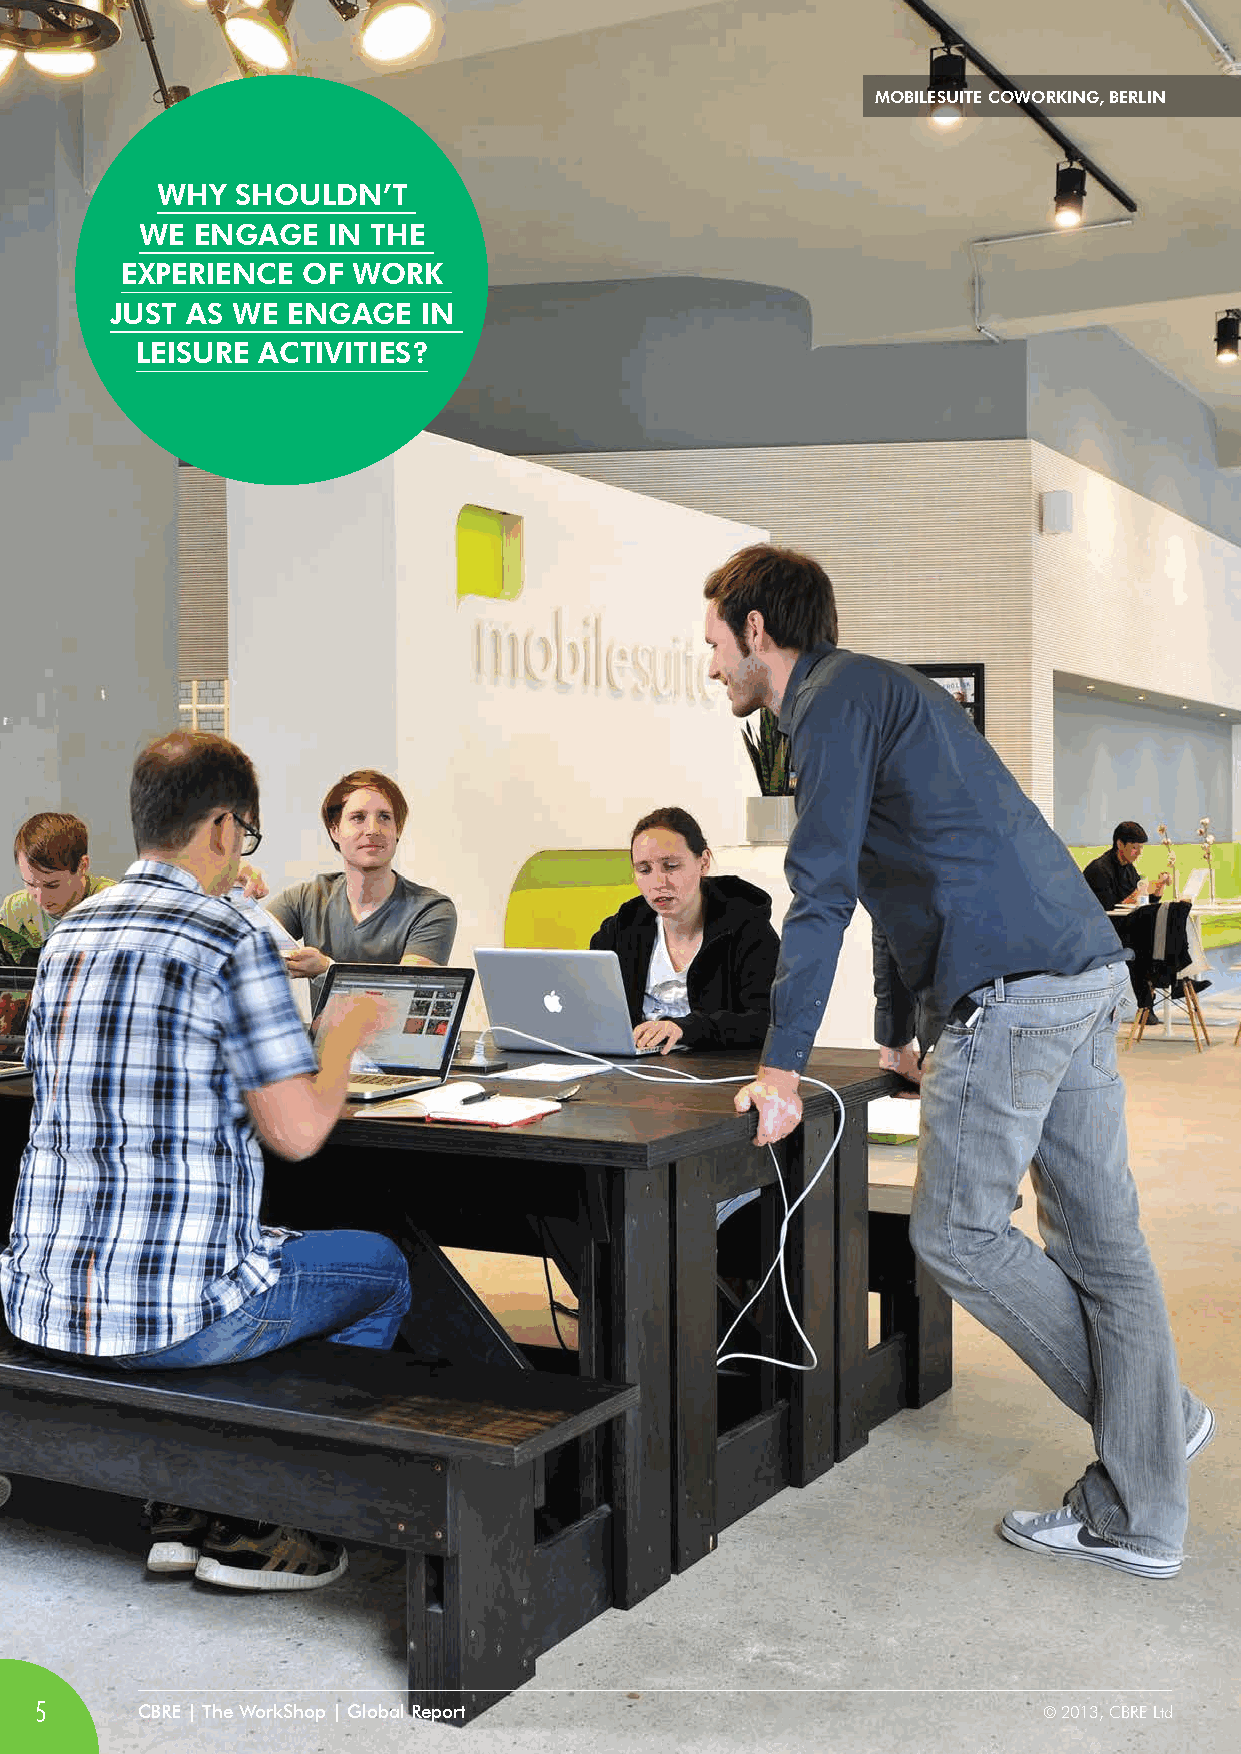
MOBiLESUiTE COWORKiNG, BERLiN
 WHy   SHOULDN’T
 WE  ENGAGE   iN THE
 ExPERiENCE  Of WORK
 jUST AS WE  ENGAGE   iN
 LEiSURE ACTiviTiES?
 5      CBRE | The WorkShop | Global Report                         © 2013, CBRE Ltd